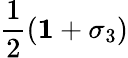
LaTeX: \frac{1}{2}\left({\mathbf 1}+\sigma_{3}\right)